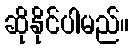
ဆိုနိုင်ပါမည်။